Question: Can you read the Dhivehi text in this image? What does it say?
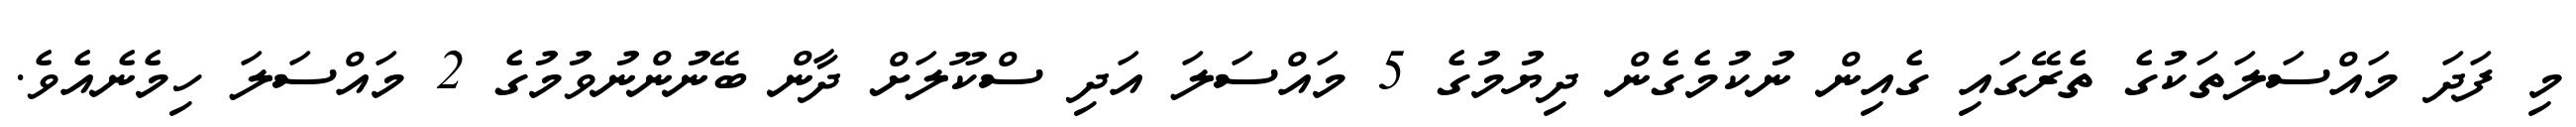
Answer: މި ފަދަ މައްސަލަތަކުގެ ތެރޭގައި ގެއިން ނުކުމެގެން ދިޔުމުގެ 5 މައްސަލަ އަދި ސްކޫލަށް ދާން ބޭނުންނުވުމުގެ 2 މައްސަލަ ހިމެނެއެވެ.